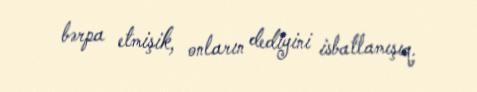
bərpa etmişik, onların dediyini isbatlamışıq.